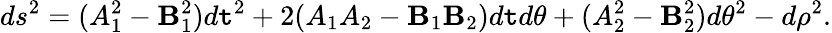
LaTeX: ds^{2}=(A_{1}^{2}-\mathbf{B}_{1}^{2})d\mathtt{t}^{2}+2(A_{1}A_{2}-\mathbf{B}_{1}\mathbf{B}_{2})d\mathtt{t}d\theta+(A_{2}^{2}-\mathbf{B}_{2}^{2})d\theta^{2}-d\rho^{2}.